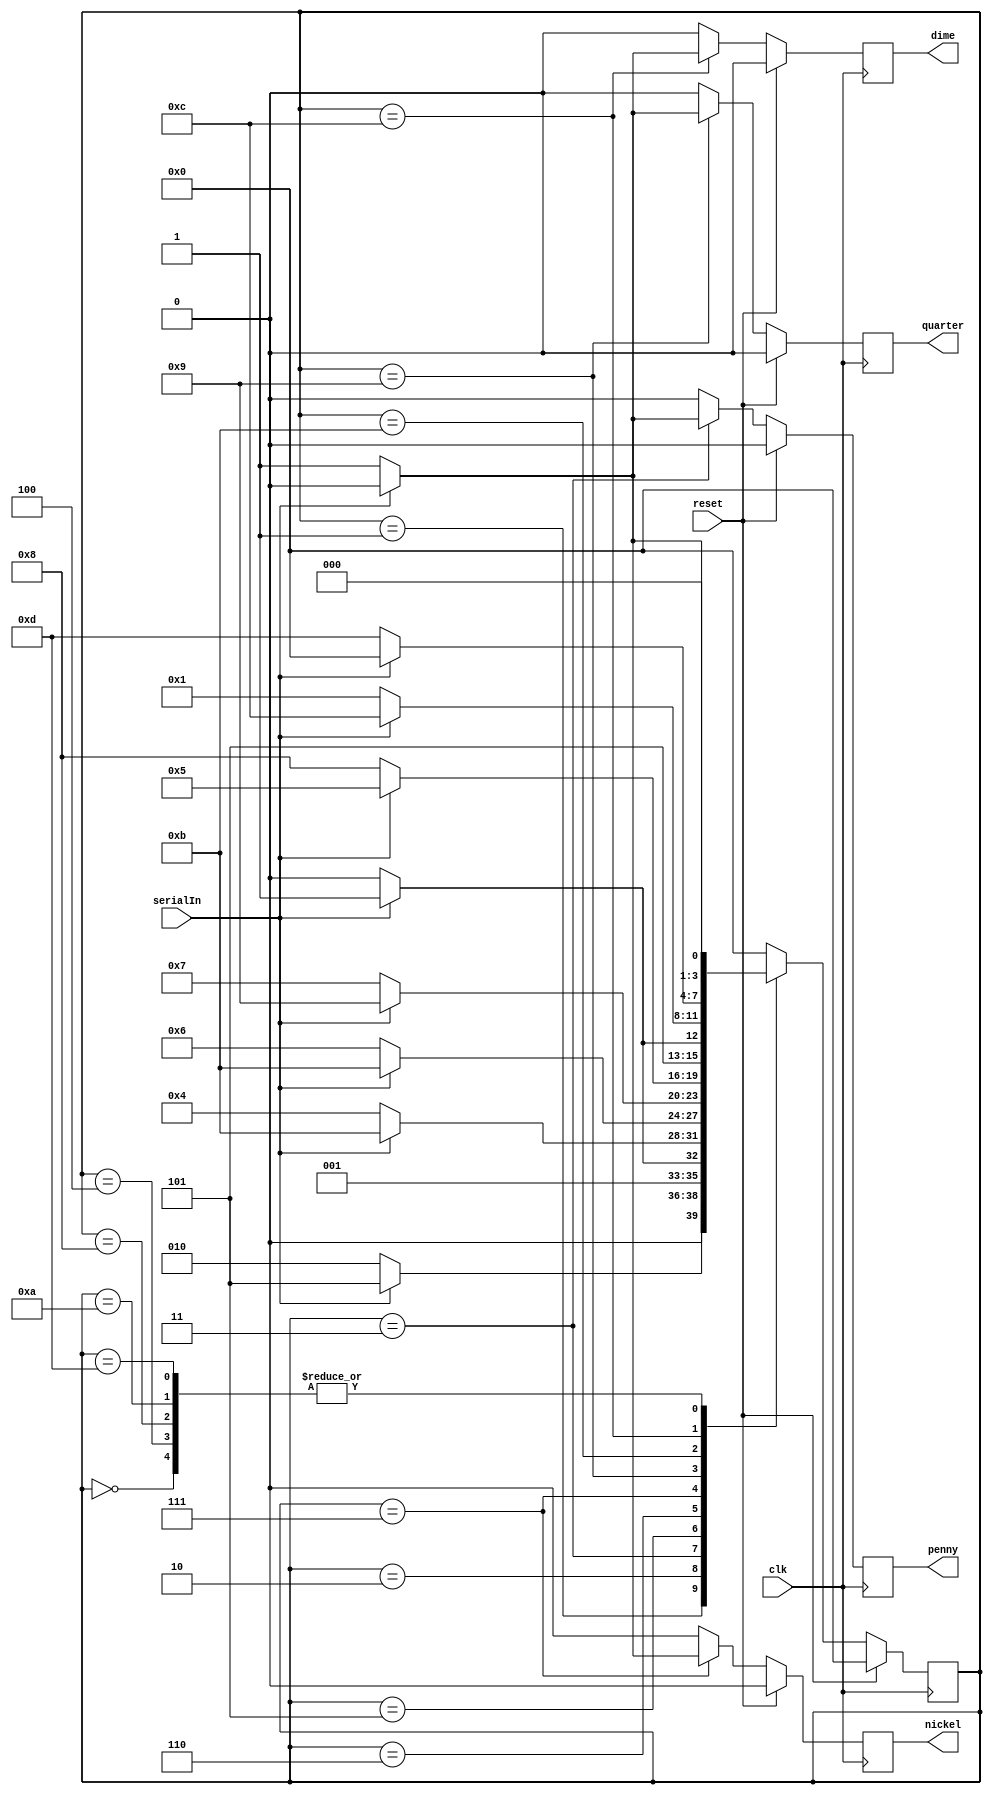
//Justin Liang
//ECE 154A
//Homework 4

module coinSensor(clk, reset, serialIn, penny, nickel, dime, quarter);

	input clk, reset, serialIn;
	output penny, nickel, dime, quarter;

	reg [3:0] state;
	reg penny, nickel, dime, quarter;
	parameter s0=0, s1=1, s2=2, s3=3, s4=4, s5=5, s6=6, s7=7, s8=8, s9=9, s10=10, s11=11, s12=12, s13=13;

	always @ (posedge clk) begin
		if(reset) begin state <= s0; penny <= 0; nickel <= 0; dime <= 0; quarter <= 0; end

		else begin
			case(state)			
				s0:
				begin
					if(serialIn) begin state <= s0; penny <= 0;	nickel <= 0; dime <= 0;	quarter <= 0; end
					else begin state <= s1; penny <= 0;	nickel <= 0; dime <= 0;	quarter <= 0; end
				end

				s1:
				begin
					if(serialIn) begin state <= s5; penny <= 0;	nickel <= 0; dime <= 0;	quarter <= 0; end
					else begin state <= s2; penny <= 0;	nickel <= 0; dime <= 0;	quarter <= 0; end
				end

				s2:
				begin
					if(serialIn) begin state <= s3; penny <= 0;	nickel <= 0; dime <= 0;	quarter <= 0; end
					else begin state <= s2; penny <= 0;	nickel <= 0; dime <= 0;	quarter <= 0; end
				end

				s3:
				begin
					if(serialIn) begin state <= s11; penny <= 0; nickel <= 0; dime <= 0; quarter <= 0; end
					else begin state <= s4; penny <= 1;	nickel <= 0; dime <= 0;	quarter <= 0; end
				end

				s4:
				begin
					if(serialIn) begin state <= s0; penny <= 0;	nickel <= 0; dime <= 0;	quarter <= 0; end
					else begin state <= s1; penny <= 0;	nickel <= 0; dime <= 0;	quarter <= 0; end
				end

				s5:
				begin
					if(serialIn) begin state <= s11; penny <= 0; nickel <= 0; dime <= 0;	quarter <= 0; end
					else begin state <= s6; penny <= 0;	nickel <= 0; dime <= 0;	quarter <= 0; end
				end

				s6:
				begin
					if(serialIn) begin state <= s9; penny <= 0;	nickel <= 0; dime <= 0;	quarter <= 0; end
					else begin state <= s7; penny <= 0;	nickel <= 0; dime <= 0;	quarter <= 0; end
				end

				s7:
				begin
					if(serialIn) begin state <= s5; penny <= 0;	nickel <= 0; dime <= 0;	quarter <= 0; end
					else begin state <= s8; penny <= 0;	nickel <= 1; dime <= 0;	quarter <= 0; end
				end

				s8:
				begin
					if(serialIn) begin state <= s0; penny <= 0;	nickel <= 0; dime <= 0;	quarter <= 0; end
					else begin state <= s1; penny <= 0;	nickel <= 0; dime <= 0;	quarter <= 0; end
				end

				s9:
				begin
					if(serialIn) begin state <= s11; penny <= 0; nickel <= 0; dime <= 0; quarter <= 0; end
					else begin state <= s10; penny <= 0; nickel <= 0; dime <= 0; quarter <= 1; end
				end

				s10:
				begin
					if(serialIn) begin state <= s0; penny <= 0; nickel <= 0; dime <= 0; quarter <= 0; end
					else begin state <= s1; penny <= 0; nickel <= 0; dime <= 0; quarter <= 0; end
				end

				s11:
				begin 
					if(serialIn) begin state <= s12; penny <= 0; nickel <= 0; dime <= 0; quarter <= 0; end
					else begin state <= s1; penny <= 0; nickel <= 0; dime <= 0; quarter <= 0; end
				end

				s12:
				begin
					if(serialIn) begin state <= s0; penny <= 0; nickel <= 0; dime <= 0; quarter <= 0; end
					else begin state <= s13; penny <= 0; nickel <= 0; dime <= 1; quarter <= 0; end
				end

				s13:
				begin
					if(serialIn) begin state <= s0; penny <= 0; nickel <= 0; dime <= 0; quarter <= 0; end
					else begin state <= s1; penny <= 0; nickel <= 0; dime <= 0; quarter <= 0; end
				end

				default:
				begin
					if(serialIn) begin state <= s0; penny <= 0; nickel <= 0; dime <= 0; quarter <= 0; end
					else begin state <= s0; penny <= 0; nickel <= 0; dime <= 0; quarter <= 0; end
				end
			endcase
		end
	end
endmodule